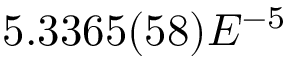
5 . 3 3 6 5 ( 5 8 ) E ^ { - 5 }